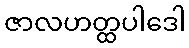
ဇာလဟတ္ထပါဒေါ